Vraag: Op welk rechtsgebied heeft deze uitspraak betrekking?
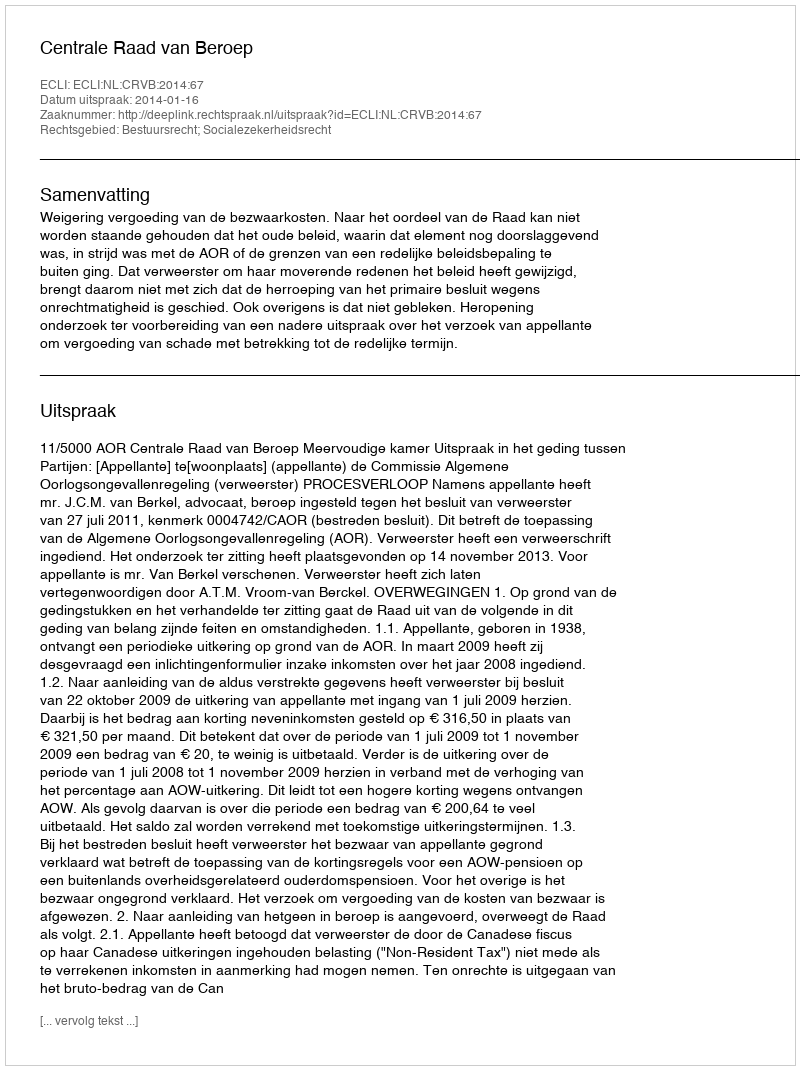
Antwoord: Bestuursrecht; Socialezekerheidsrecht